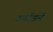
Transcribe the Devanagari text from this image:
टर्बाइनें